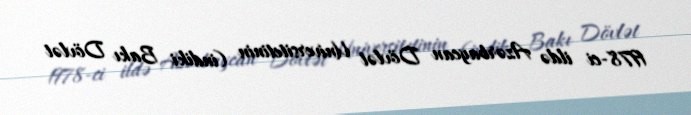
1978-ci ildə Azərbaycan Dövlət Universitetinin (indiki Bakı Dövlət